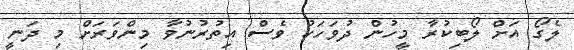
ލެގޯ އަށް ލޯބިކުރާ މީހުން ދުވަހަކު ވެސް އިތުރުނުވާ މިންވަރަށް މި ދަނީ